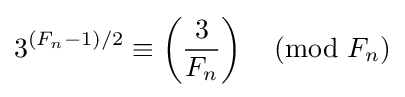
3^{(F_{n}-1)/2}\equiv \left({\frac {3}{F_{n}}}\right){\pmod {F_{n}}}